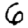
Digit: 6